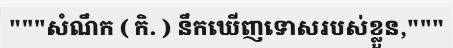
"""សំណឹក ( កិ. ) នឹកឃើញទោសរបស់ខ្លួន,"""